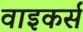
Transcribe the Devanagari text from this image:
वाइकर्स